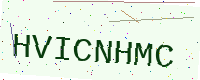
Text: HVICNHMC